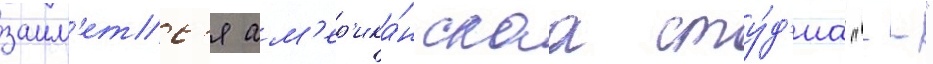
заим'етс'я ам'ер'ика́нскаа сту́д'иа "--"